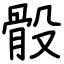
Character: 骰